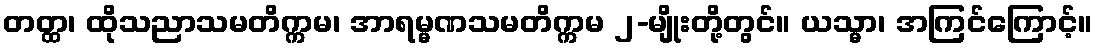
တတ္ထ၊ ထိုသညာသမတိက္ကမ၊ အာရမ္မဏသမတိက္ကမ ၂-မျိုးတို့တွင်။ ယသ္မာ၊ အကြင်ကြောင့်။